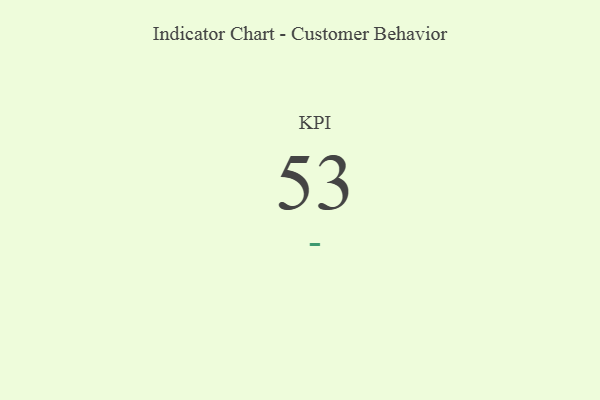
{"axis": {"x": "KPI", "y": "Value"}, "legend": [""], "data": [{"x": "KPI", "y": 53, "type": ""}]}